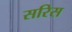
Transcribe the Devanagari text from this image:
सरिस